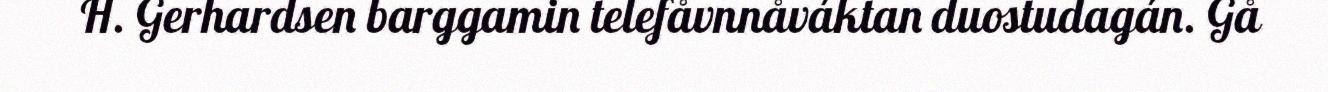
H. Gerhardsen barggamin telefåvnnåváktan duostudagán. Gå